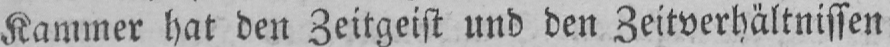
Kammer hat den Zeitgeist und den Zeitverhältnissen